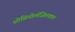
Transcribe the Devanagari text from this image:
सोसियोलॅजिलकल